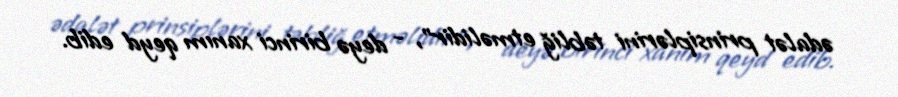
ədalət prinsiplərini təbliğ etməlidir", - deyə birinci xanım qeyd edib.